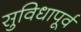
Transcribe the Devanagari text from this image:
सुविधापूर्व